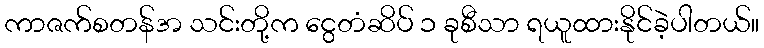
ကာဇက်စတန်အ သင်းတို့က ငွေတံဆိပ် ၁ ခုစီသာ ရယူထားနိုင်ခဲ့ပါတယ်။